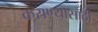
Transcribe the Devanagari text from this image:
कराण्यासाठी